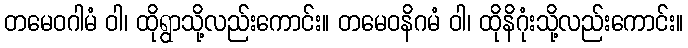
တမေဝဂါမံ ဝါ၊ ထိုရွာသို့လည်းကောင်း။ တမေဝနိဂမံ ဝါ၊ ထိုနိဂုံးသို့လည်းကောင်း။